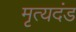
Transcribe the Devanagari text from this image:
मृत्यदंड